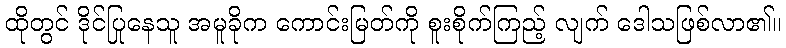
ထိုတွင် ဒိုင်ပြုနေသူ အမူခိုက ကောင်းမြတ်ကို စူးစိုက်ကြည့် လျက် ဒေါသဖြစ်လာ၏။